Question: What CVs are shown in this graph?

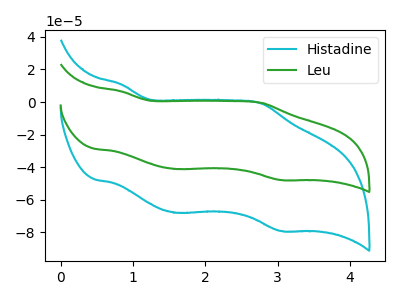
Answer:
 <answer>The cyan curve is labeled "Histadine". The green curve is labeled "Leu".</answer>
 <eval></eval>